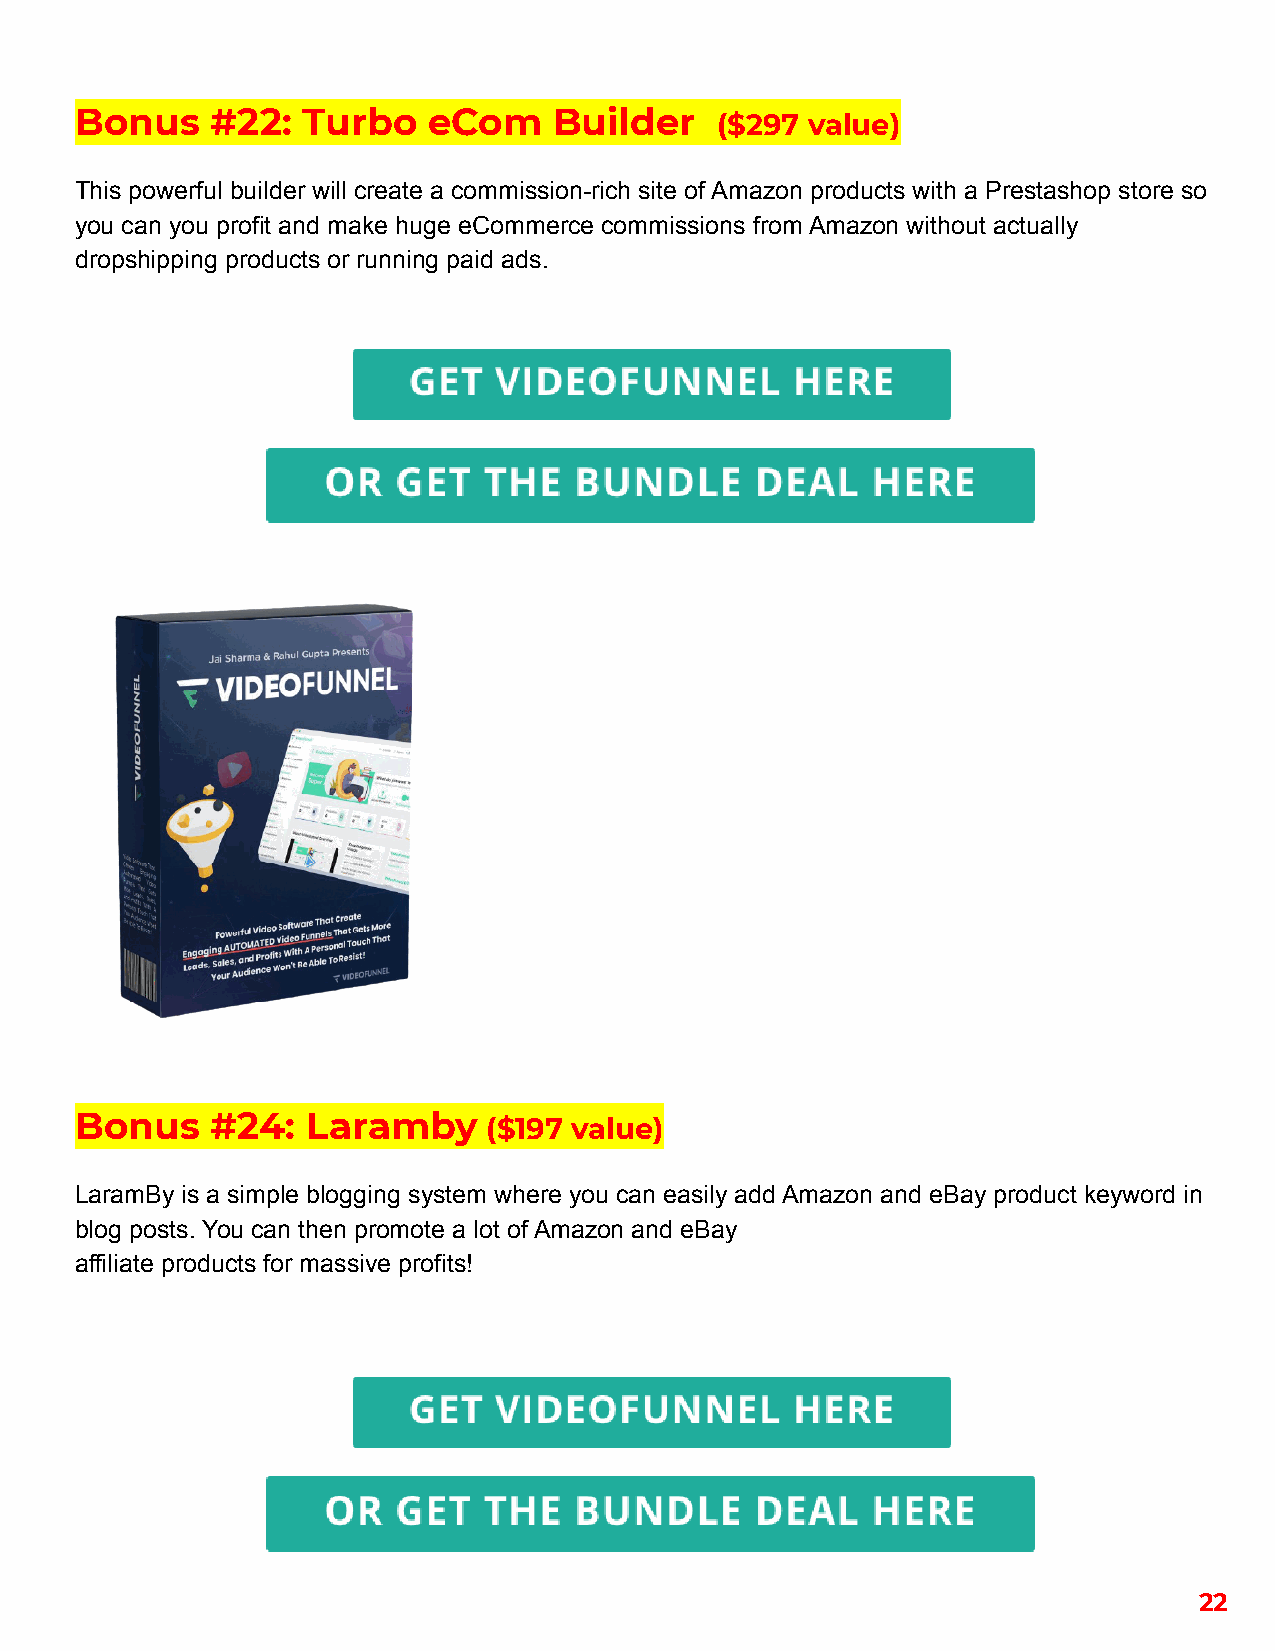
Bonus    #22:  Turbo   eCom     Builder   ($297 value)
 This powerful builder will create a commission-rich site of Amazon products with a Prestashop store so
 you can you profit and make huge eCommerce commissions from Amazon without actually
 dropshipping products or running paid ads.
 Bonus    #24:  Laramby     ($197 value)
 LaramBy is a simple blogging system where you can easily add Amazon and eBay product keyword in
 blog posts. You can then promote a lot of Amazon and eBay
 affiliate products for massive profits!
 22